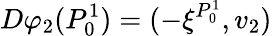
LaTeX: D\varphi_{2}(P_{0}^{1})=(-\xi^{P_{0}^{1}},v_{2})